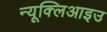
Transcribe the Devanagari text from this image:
न्यूक्लिआइउ